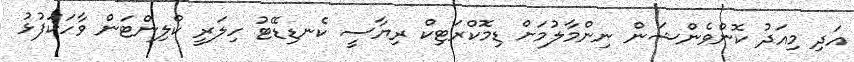
އަދި މިއަދު ކޮންވެންޝަން ނިންމާލުމަށް ޑިމޮކްރަޓިކް ރިޔާސީ ކެނޑިޑޭޓު ހިލަރީ ކްލިންޓަން ވާހަކަފުޅު